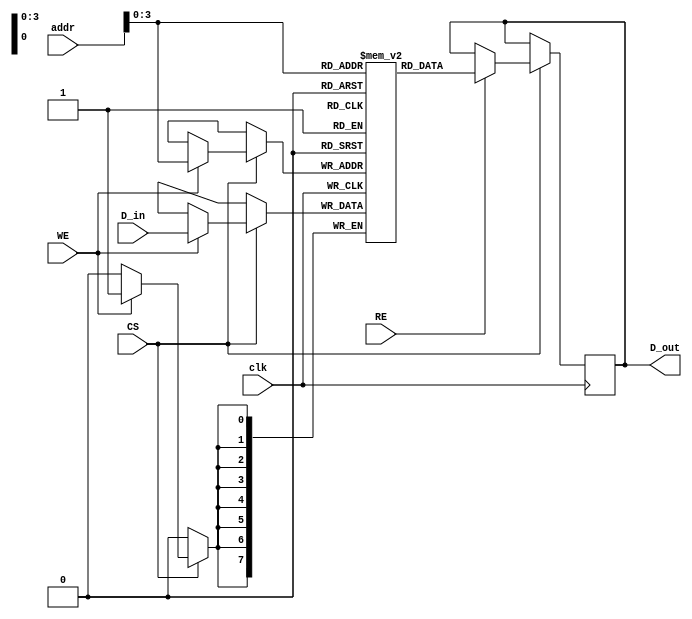
module embedded_sram #(
    parameter N = 16, // Number of words
    parameter M = 8    // Number of bits per word
)(
    input wire clk,            // Clock signal
    input wire WE,             // Write Enable
    input wire RE,             // Read Enable
    input wire CS,             // Chip Select
    input wire [4:0] addr,     // Address lines (5 bits for 32 words)
    input wire [M-1:0] D_in,   // Data Input
    output reg [M-1:0] D_out    // Data Output
);

    // Memory array: N words, each M bits
    reg [M-1:0] memory [0:N-1];

    // Address decoding logic
    wire [N-1:0] word_line;
    assign word_line = (CS) ? (1 << addr) : 0; // Activate word line if CS is asserted

    // Read/Write operation
    always @(posedge clk) begin
        if (CS) begin
            if (WE) begin
                // Write operation
                memory[addr] <= D_in;
            end
            if (RE) begin
                // Read operation
                D_out <= memory[addr];
            end
        end
    end

endmodule